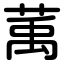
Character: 萭